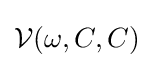
{\mathcal {V}}(\omega ,C,C)